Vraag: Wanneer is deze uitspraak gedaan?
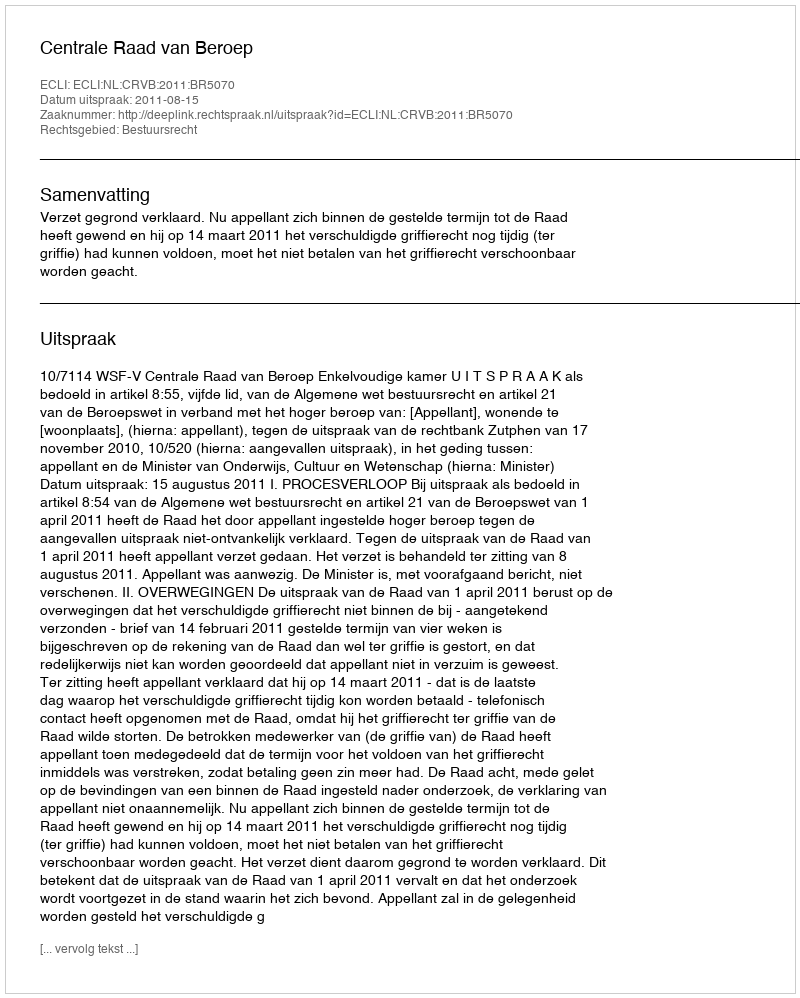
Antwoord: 2011-08-15